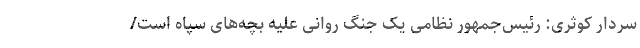
سردار کوثری: رئیس‌جمهور نظامی یک جنگ روانی علیه بچه‌های سپاه است/